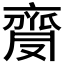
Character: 𪗅